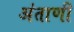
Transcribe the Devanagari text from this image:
अंताणी